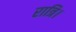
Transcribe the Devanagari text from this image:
रात्रि।